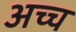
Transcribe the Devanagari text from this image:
अच्च